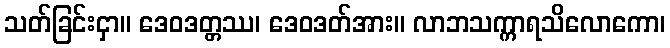
သတ်ခြင်းငှာ။ ဒေဝဒတ္တဿ၊ ဒေဝဒတ်အား။ လာဘသက္ကာရသိလောကော၊